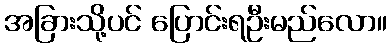
အခြားသို့ပင် ပြောင်းရဦးမည်လော။